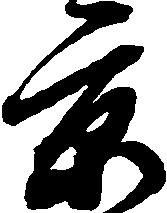
京